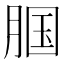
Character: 腘